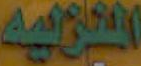
المنزليه